V__Kingissepa_nim__kolhoos, lk 14
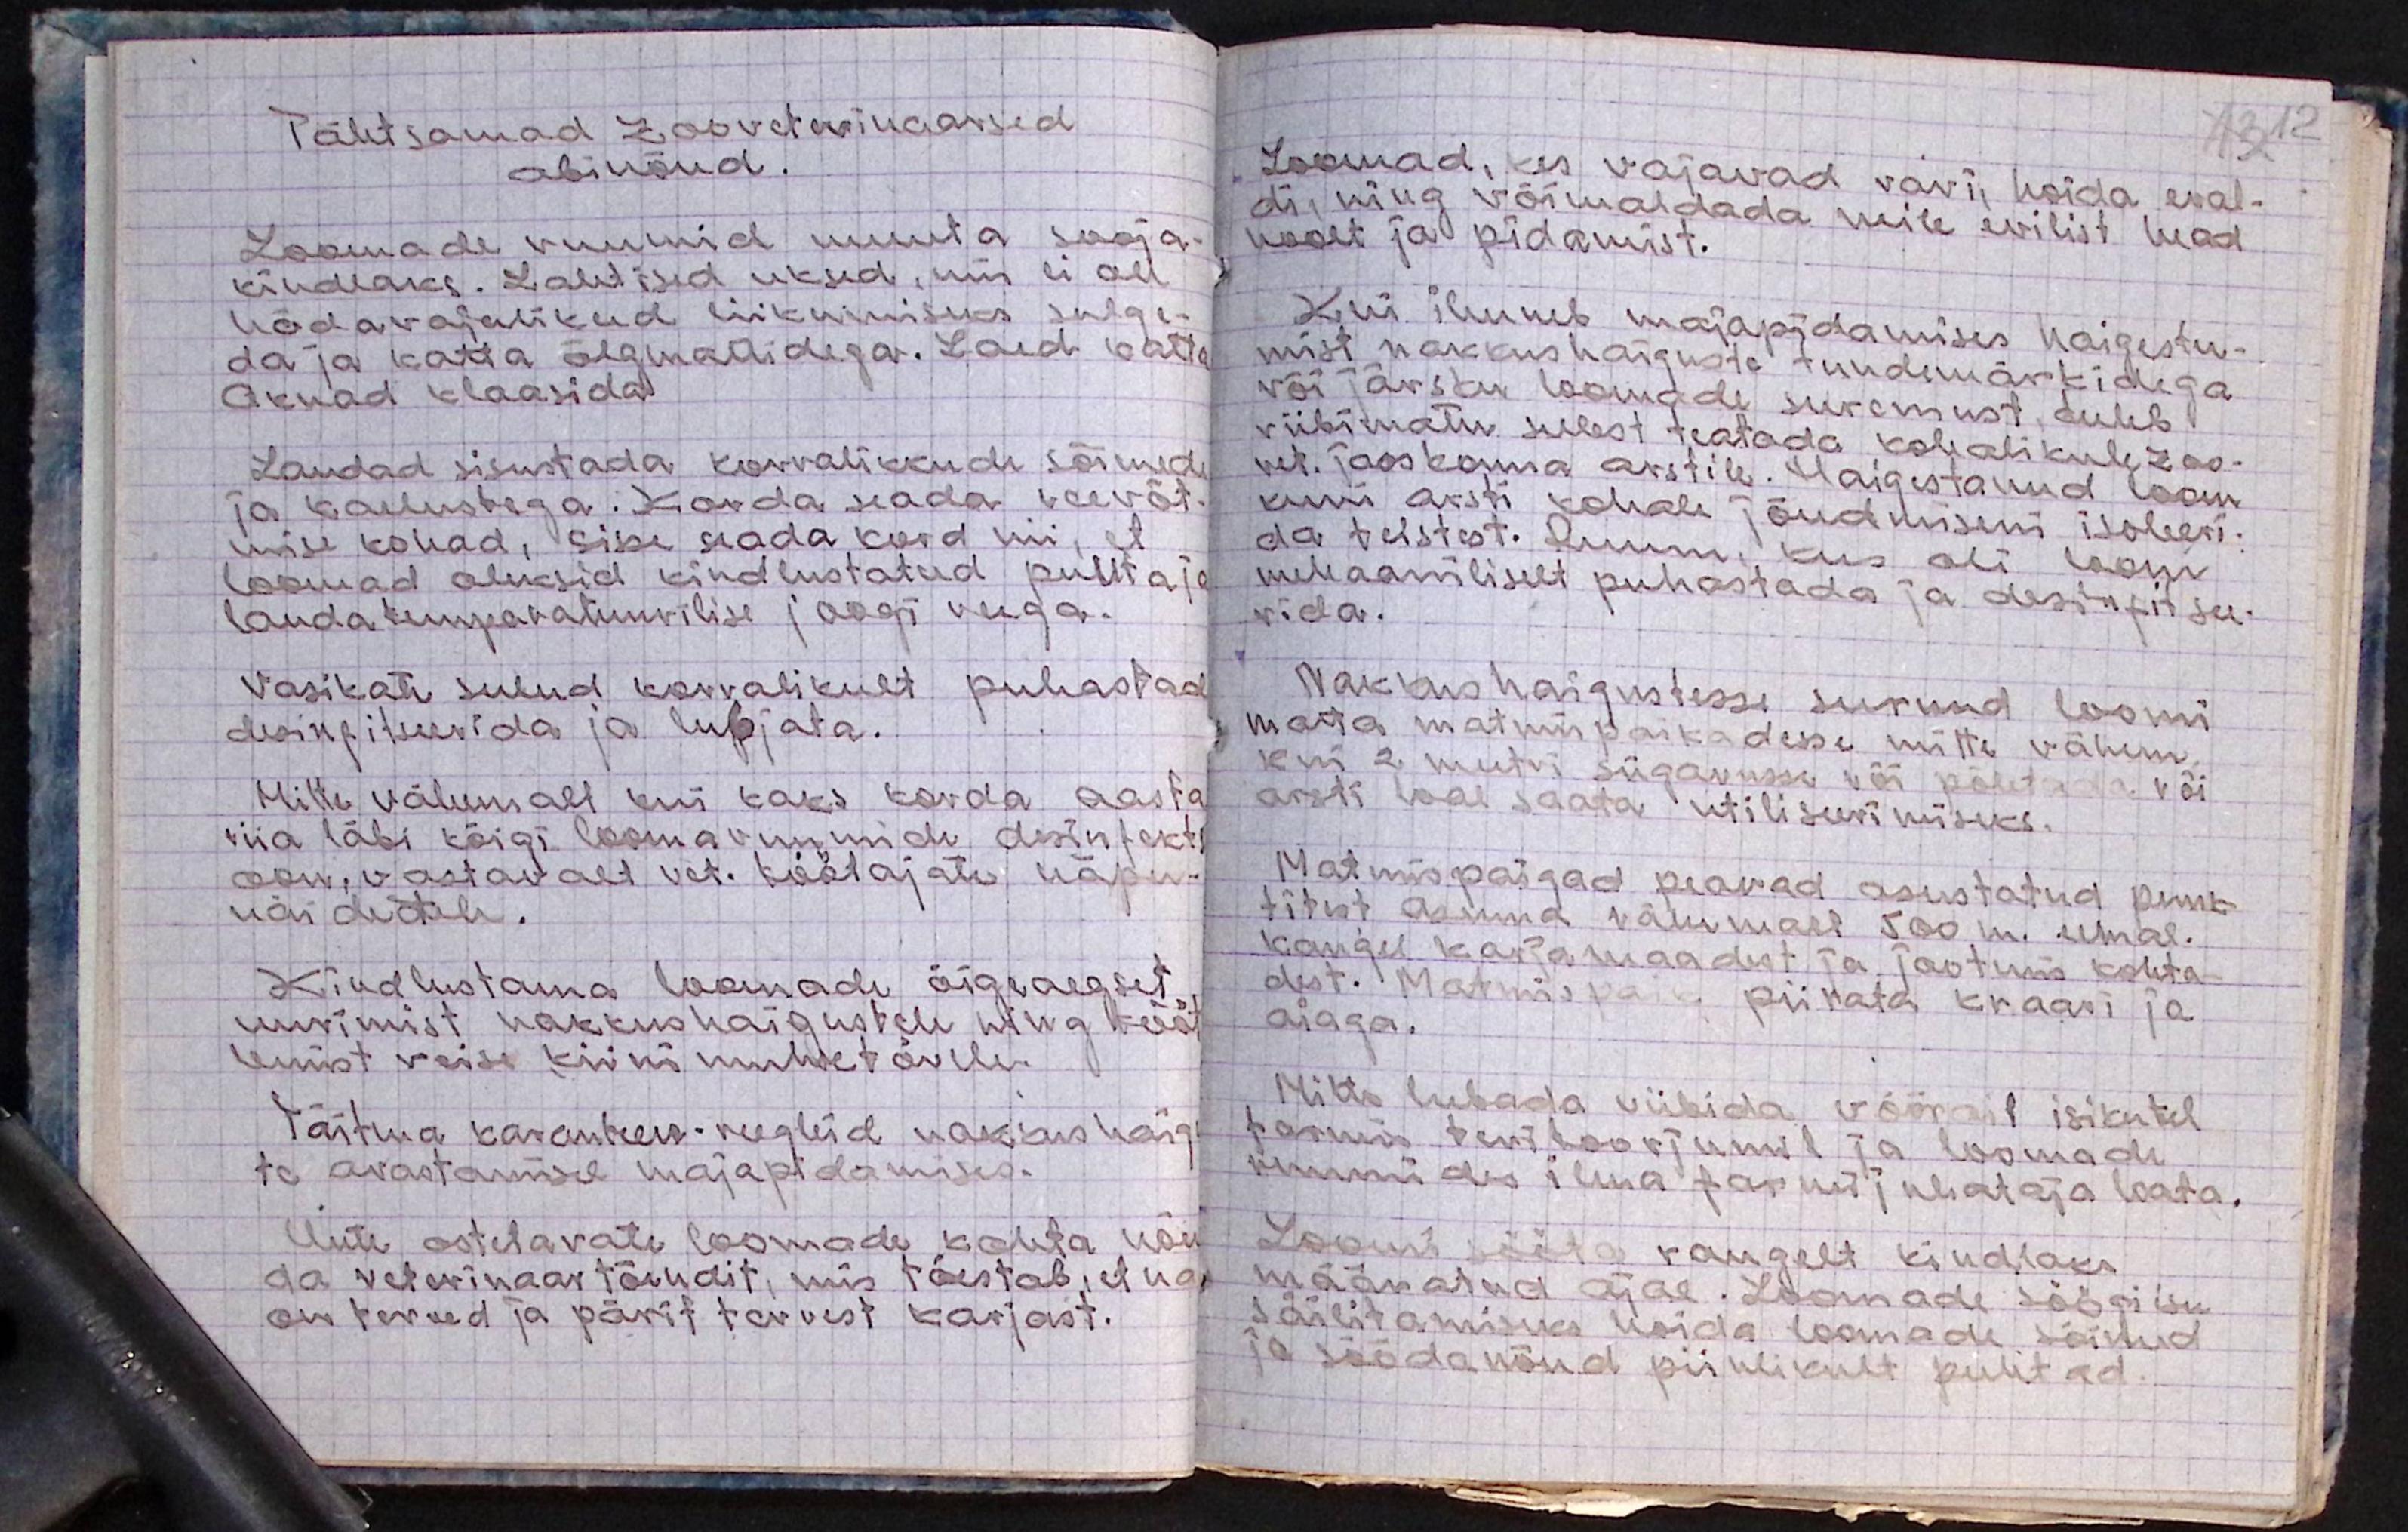
Tähtsamad zooveterinaarsed
abinõud.
Loomade ruumid muuta sooja-
kindlaks. Lahtised uksed, mis ei ole
hädavajalikud liikumiseks sulge-
da ja katta õlgmattidega. Laed katta
aknad klaasida
Laudad sisustada korralikkude sõimede
ja kadustega. Korda seada veevõt-
mise kohad, sisse seada kord nii, et
loomad oleksid kindlustatud pulitajal
lauda temperatuurilise joogi veega.
Vasikate sulud korralikult puhastad
desinfitseerida ja lupjata.
Mitte vähemalt kui kaks korda aasta
viia läbi kõigi loomaruumide desinfekts
oon, vastavalt vet. töötajate näpu-
näidetele.
Kindlustama loomade õigeaegset
uurimist nakkushaigustele ning tööt
lemist veise kinni muhte tõvele.
Täitma karanteen-reegleid nakkus haig
te avastamisel majapidamises.
Uute ostetavate loomade kohta nõu
da veterinaartõendit, mis tõestab, et na
on terved ja pärit tervest karjast.

Loomad, kes vajavad ravi, hoida eral-
di, ning võimaldada neile erilist head
hoolt ja pidamist.
Kui ilmneb majapidamises haigestu-
mist nakkushaiguste tundemärkidega
või järsku loomade suremust, tuleb
viibimatu sellest teatada kohalikule zoo-
vet. jaoskonna arstile. Haigestanud loom
kuni arsti kohale jõudmiseni isoleeri-
da teistest. Ruum, kus oli loom
mehaaniliselt puhastada ja desinfitsee-
rida.
Nakkushaigustesse surnud loomi
matta matmispaikadesse mitte vähem,
kui 2 meetri sügavusse või põletada või
arsti loal saata utiliseerimiseks.
Matmispaigad peavad asustatud punk-
titest asuma vähemalt 500 m. eemal.
Kaugel karjamaadest ja jootmis kohta-
dest. Matmispaik piirata kraavi ja
aiaga.
Mitte lubada viibida võõrail isikutel
farmi teritoorjumil ja loomade
ruumides ilma farmi juhataja loata.
Loomi sööta rangelt kindlaks
määratud ajal. Loomade söögi isu
säilitamiseks hoida loomade sõinud
ja söödanõud piinlikult puhtad.